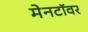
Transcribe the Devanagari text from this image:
मेनटॉवर